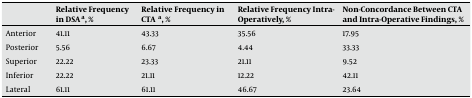
|  | Relative Frequency in DSA a, % | Relative Frequency in CTA a, % | Relative Frequency Intra-Operatively, % | Non-Concordance Between CTA and Intra-Operative Findings, % |
 | --- | --- | --- | --- | --- |
 | Anterior | 41.11 | 43.33 | 35.56 | 17.95 |
 | Posterior | 5.56 | 6.67 | 4.44 | 33.33 |
 | Superior | 22.22 | 23.33 | 21.11 | 9.52 |
 | Inferior | 22.22 | 21.11 | 12.22 | 42.11 |
 | Lateral | 61.11 | 61.11 | 46.67 | 23.64 |